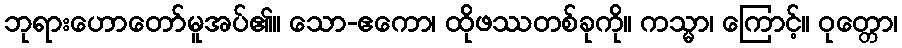
ဘုရားဟောတော်မူအပ်၏။ သော-ဧကော၊ ထိုဖဿတစ်ခုကို။ ကသ္မာ၊ ကြောင့်။ ဝုတ္တော၊